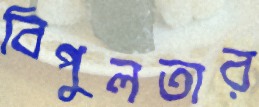
বিপুলতার